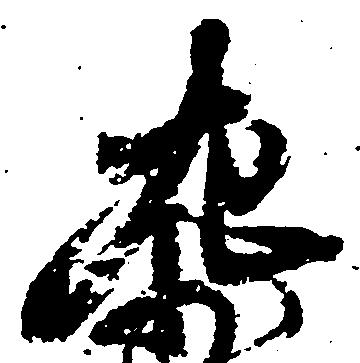
左